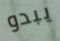
يبدو